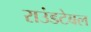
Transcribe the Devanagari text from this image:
राउंडटेबल